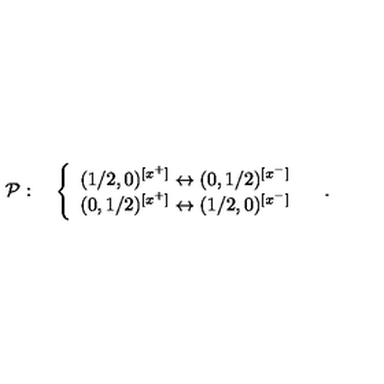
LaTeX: { \cal P } : \quad \left\{ \begin{array} { l } { ( 1 / 2 , 0 ) ^ { [ x ^ { + } ] } \leftrightarrow ( 0 , 1 / 2 ) ^ { [ x ^ { - } ] } } \\ { ( 0 , 1 / 2 ) ^ { [ x ^ { + } ] } \leftrightarrow ( 1 / 2 , 0 ) ^ { [ x ^ { - } ] } } \\ \end{array} \right. \quad .